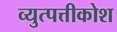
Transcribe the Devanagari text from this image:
व्युत्पत्तीकोश